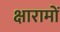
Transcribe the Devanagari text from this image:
क्षारामों